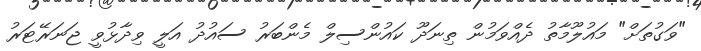
"ވަގުތަށް" މައުލޫމާތު ދެއްވަމުން ތިނަދޫ ކައުންސިލް މެންބަރު ސައުދު އަލީ ވިދާޅުވީ ޖަނަރޭޓަރު